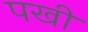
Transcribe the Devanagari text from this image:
पखी